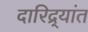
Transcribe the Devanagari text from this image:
दारिद्र्यांत